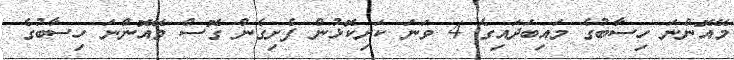
މޭއޮންނަ ހިސާބުގެ މައިބަދައިގެ 4 ވަނަ ކަށިކޮޅުން ފެށިގެން ގޮސް މޭއޮންނަ ހިސާބުގެ